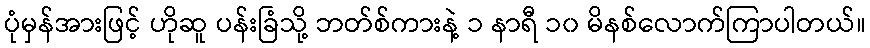
ပုံမှန်အားဖြင့် ဟိုဆူ ပန်းခြံသို့ ဘတ်စ်ကားနဲ့ ၁ နာရီ ၁၀ မိနစ်လောက်ကြာပါတယ်။